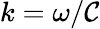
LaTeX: k=\omega/\mathcal{C}